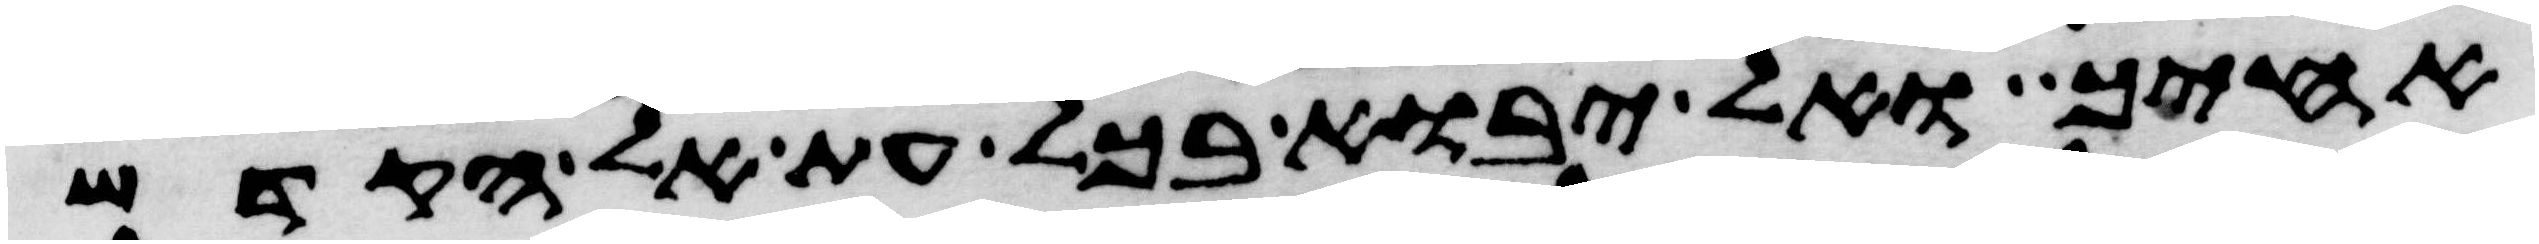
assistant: אחיך ואל יבוא בכל עת אל הקדש